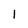
Character: 1